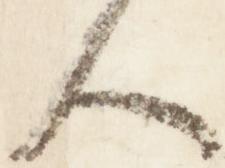
人